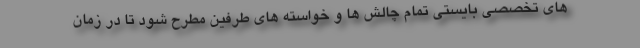
هاي تخصصي بايستي تمام چالش ها و خواسته هاي طرفين مطرح شود تا در زمان